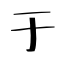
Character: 于